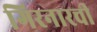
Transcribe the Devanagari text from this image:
गिरनारची